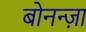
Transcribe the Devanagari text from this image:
बोनन्ज़ा